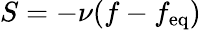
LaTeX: S=-\nu(f-f_{\textrm{eq}})